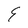
Character: E